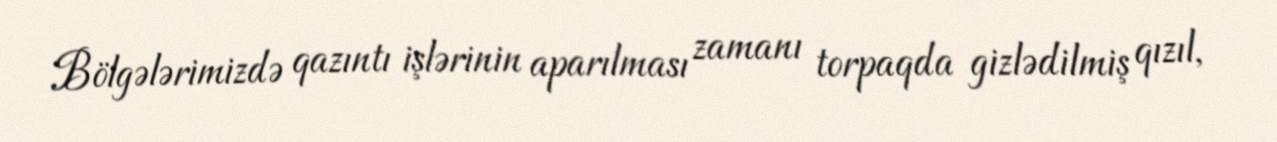
Bölgələrimizdə qazıntı işlərinin aparılması zamanı torpaqda gizlədilmiş qızıl,